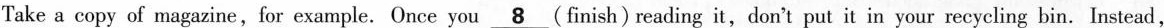
Take a copy of magazine,for example. Once you \underline{8} (finish) reading it,don't put it in your recycling bin. Instead,